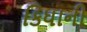
કિધાની